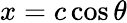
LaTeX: x=c\cos\theta